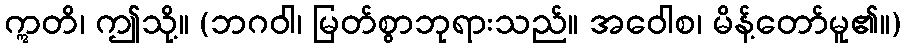
ဣတိ၊ ဤသို့။ (ဘဂဝါ၊ မြတ်စွာဘုရားသည်။ အဝေါစ၊ မိန့်တော်မူ၏။)